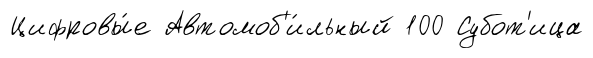
Цифровы́е Автомоб'и́льный 100 Субот'ица